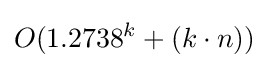
O(1.2738^{k}+(k\cdot n))